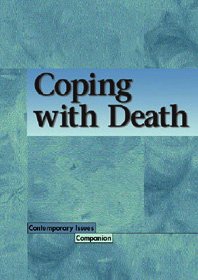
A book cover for Coping with Death (Contemporary Issues Companion); Shasta Gaughen; Teen & Young Adult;